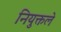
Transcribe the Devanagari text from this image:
नियुक्तले